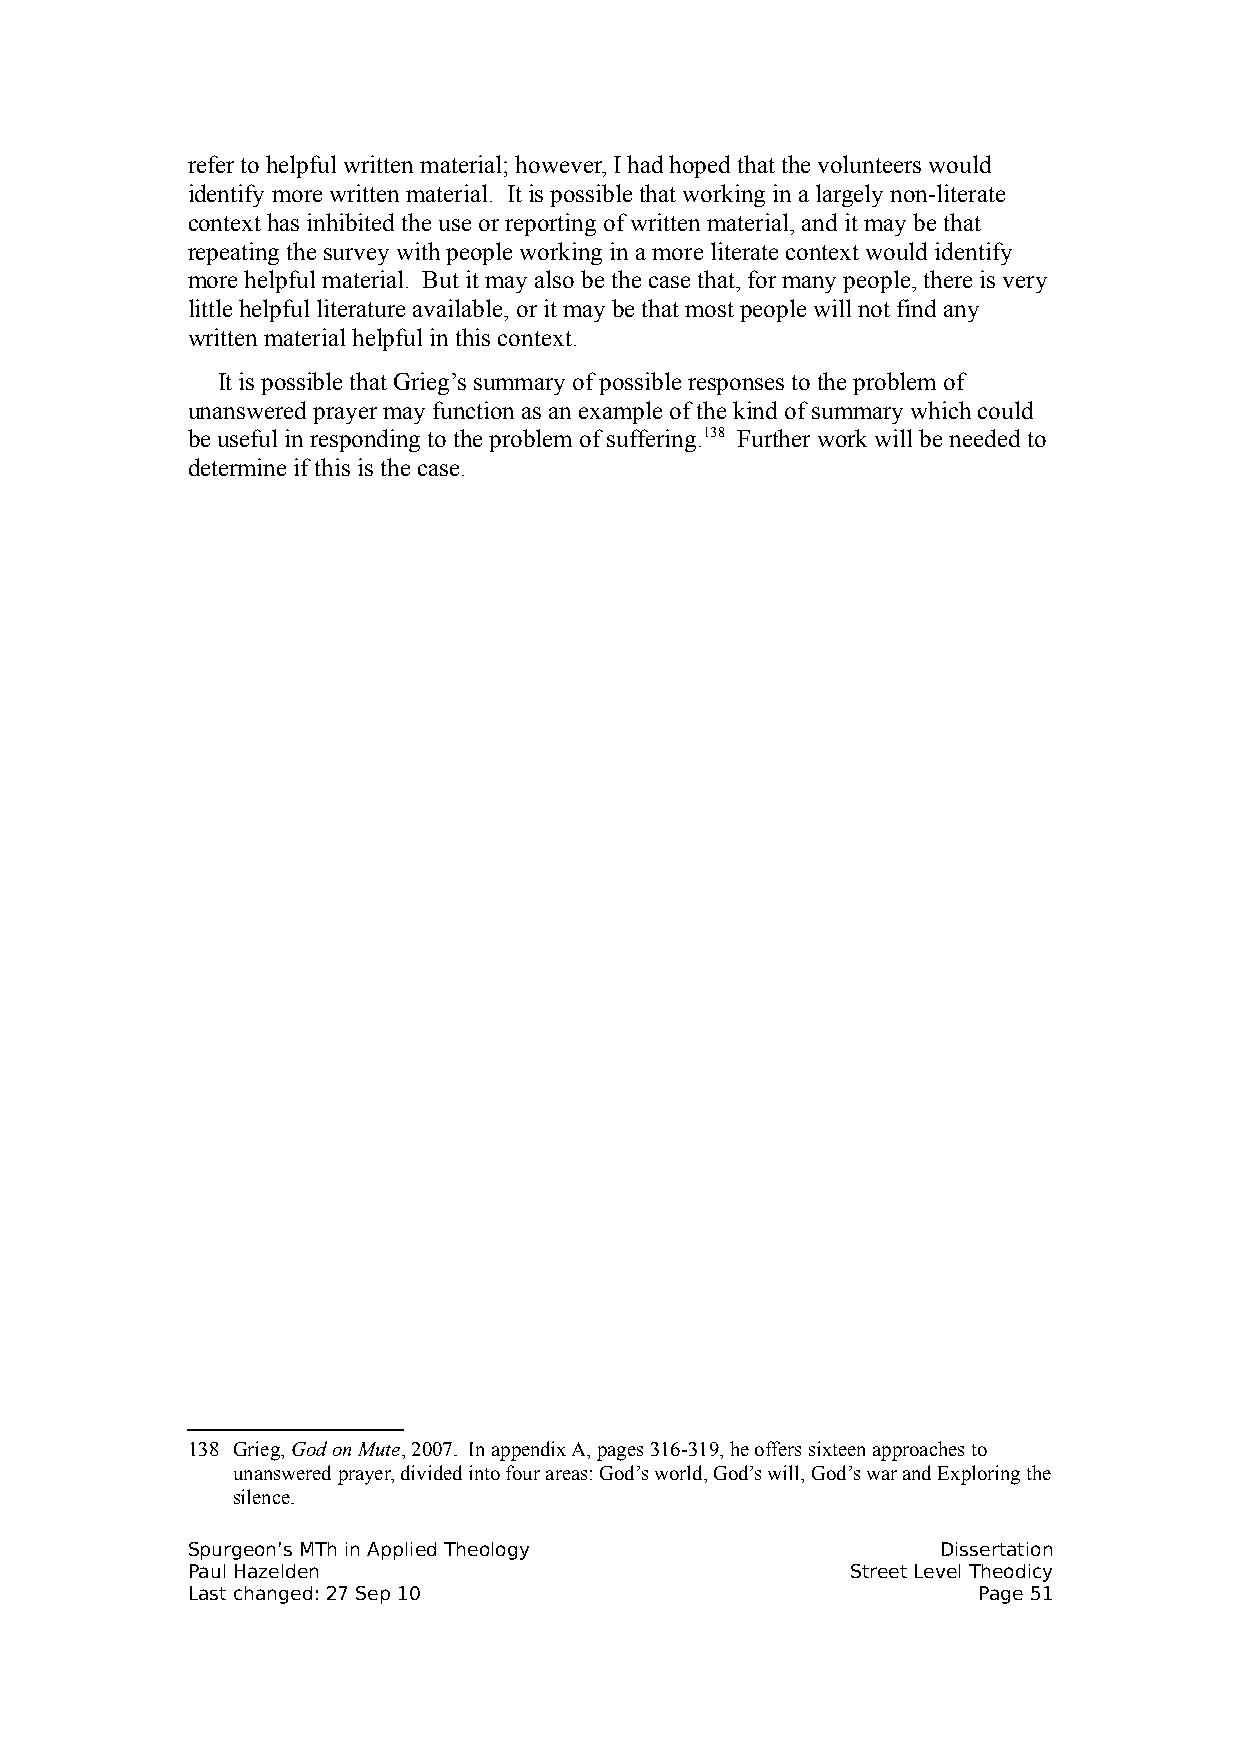
refer to helpful written material; however, I had hoped that the volunteers would
 identify more written material. It is possible that working in a largely non-literate
 context has inhibited the use or reporting of written material, and it may be that
 repeating the survey with people working in a more literate context would identify
 more helpful material. But it may also be the case that, for many people, there is very
 little helpful literature available, or it may be that most people will not find any
 written material helpful in this context.
 It is possible that Grieg’s summary of possible responses to the problem of
 unanswered prayer may function as an example of the kind of summary which could
 be useful in responding to the problem of suffering.138 Further work will be needed to
 determine if this is the case.
 138 Grieg, God on Mute, 2007. In appendix A, pages 316-319, he offers sixteen approaches to
 unanswered prayer, divided into four areas: God’s world, God’s will, God’s war and Exploring the
 silence.
 Spurgeon’s MTh in Applied Theology                Dissertation
 Paul Hazelden                               Street Level Theodicy
 Last changed: 27 Sep 10                              Page 51